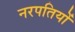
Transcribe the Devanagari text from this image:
नरपतियों